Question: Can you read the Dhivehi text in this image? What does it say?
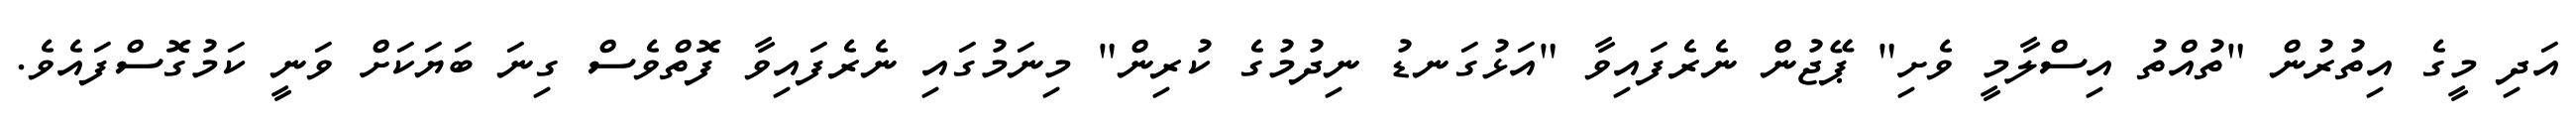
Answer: އަދި މީގެ އިތުރުން "ތުއްތު އިސްލާމީ ވެށި" ޕޭޖުން ނެރެފައިވާ "އަޅުގަނޑު ނިދުމުގެ ކުރިން" މިނަމުގައި ނެރެފައިވާ ފޮތްވެސް ގިނަ ބަޔަކަށް ވަނީ ކަމުގޮސްފައެވެ.